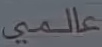
عالمي